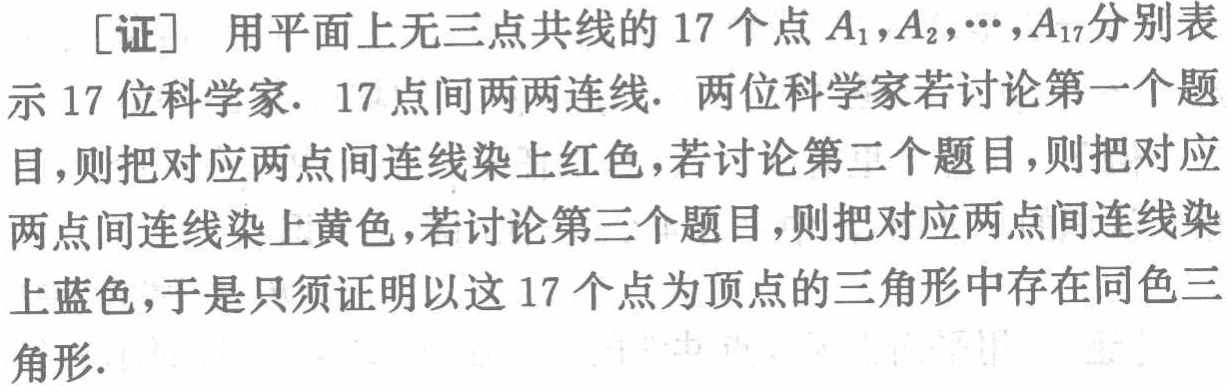
[证] 用平面上无三点共线的 17 个点 \(A_1,A_2,\cdots,A_{17}\)分别表示 17 位科学家. 17 点间两两连线. 两位科学家若讨论第一个题目,则把对应两点间连线染上红色,若讨论第二个题目,则把对应两点间连线染上黄色,若讨论第三个题目,则把对应两点间连线染上蓝色,于是只须证明以这 17 个点为顶点的三角形中存在同色三角形.